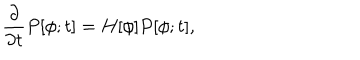
\frac { \partial } { \partial t } P [ \phi ; t ] = H [ \phi ] P [ \phi ; t ] ,